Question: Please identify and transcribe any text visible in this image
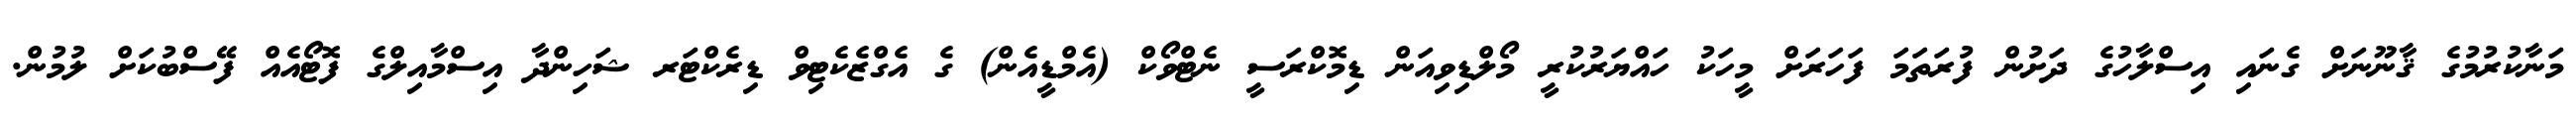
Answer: މަނާކުރުމުގެ ޤާނޫނަށް ގެނައި އިސްލާހުގެ ދަށުން ފުރަތަމަ ފަހަރަށް މީހަކު ހައްޔަރުކުރީ މޯލްޑިވިއަން ޑިމޮކްރަސީ ނެޓްވޯކް (އެމްޑީއެން) ގެ އެގްޒެކެޓިވް ޑިރެކްޓަރ ޝަހިންދާ އިސްމާއިލްގެ ފޮޓޯއެއް ފޭސްބުކަށް ލުމުން.